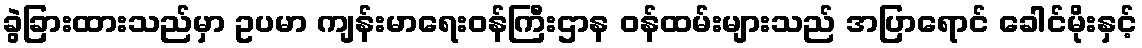
ခွဲခြားထားသည်မှာ ဥပမာ ကျန်းမာရေးဝန်ကြီးဌာန ဝန်ထမ်းများသည် အပြာရောင် ခေါင်မိုးနှင့်